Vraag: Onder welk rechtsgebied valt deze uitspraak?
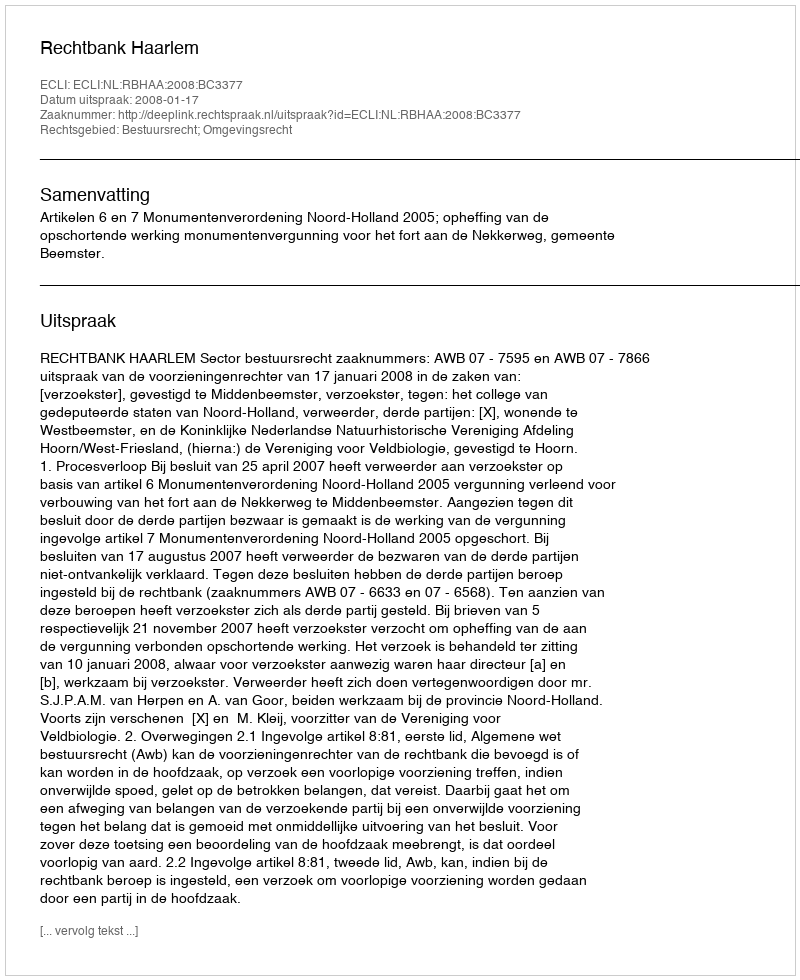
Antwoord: Bestuursrecht; Omgevingsrecht